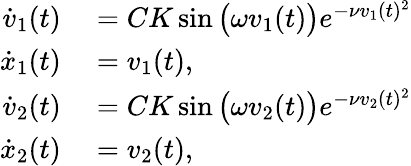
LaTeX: \begin{array}{rl}{\dot{v}_{1}(t)}&{{}=CK\sin\big(\omega{v}_{1}(t)\big)e^{-\nu{v}_{1}(t)^{2}}}\\ {\dot{x}_{1}(t)}&{{}=v_{1}(t),}\\ {\dot{v}_{2}(t)}&{{}=CK\sin\big(\omega{v}_{2}(t)\big)e^{-\nu{v}_{2}(t)^{2}}}\\ {\dot{x}_{2}(t)}&{{}=v_{2}(t),}\end{array}